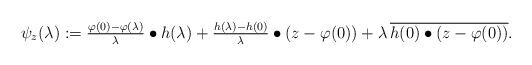
LaTeX: \begin{align*}\psi_z(\lambda):=\tfrac{\varphi(0)-\varphi(\lambda)}{\lambda}\bullet h(\lambda)+\tfrac{h(\lambda)-h(0)}{\lambda}\bullet(z-\varphi(0))+\lambda\,\overline{h(0)\bullet(z-\varphi(0))}.\end{align*}